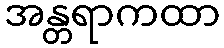
အန္တရာကထာ